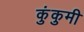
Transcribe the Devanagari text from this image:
कुंकुमी